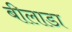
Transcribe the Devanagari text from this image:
बीलाडा